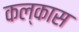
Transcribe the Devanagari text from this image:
कल्कास